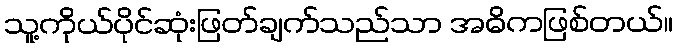
သူ့ကိုယ်ပိုင်ဆုံးဖြတ်ချက်သည်သာ အဓိကဖြစ်တယ်။